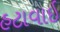
હટાવાઈ